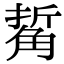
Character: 𧣯